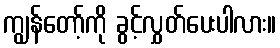
ကျွန်တော့်ကို ခွင့်လွှတ်ပေးပါလား။